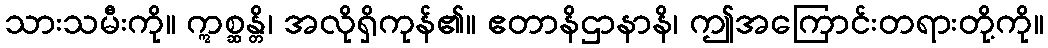
သားသမီးကို။ ဣစ္ဆန္တိ၊ အလိုရှိကုန်၏။ ဧတာနိဌာနာနိ၊ ဤအကြောင်းတရားတို့ကို။